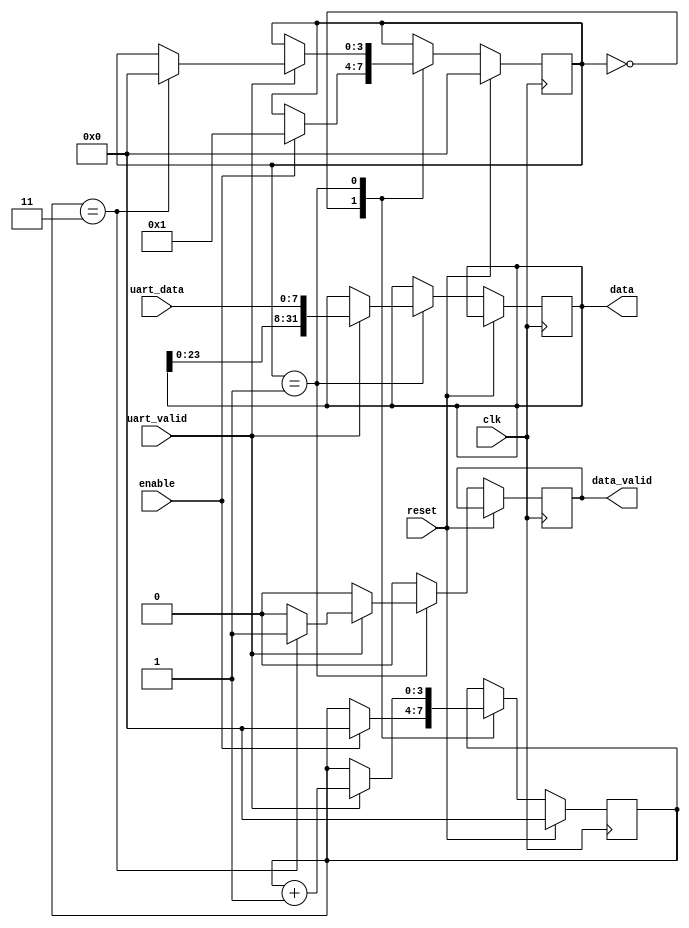
//////////////////////////////////////////////////////////////////////////////////
// Company: 
// Engineer: 
// 
// Design Name: 
// Module Name: trigger
// Project Name: 
// Target Devices: 
// Tool Versions: 
// Description: 
// 
// Dependencies: 
// 
// Revision:
// Revision 0.01 - File Created
// Additional Comments: Created by chip.fail guys
// 
//////////////////////////////////////////////////////////////////////////////////
module uint32_receiver(
    input clk,
   input reset,
   input enable,
   
   // UART data
   input [7:0] uart_data,
   input uart_valid,
   
   // The data received
   output reg [31:0] data = 0,
   // Whether the current output on data is valid
   output reg data_valid = 1'b0
   );

parameter STATE_IDLE = 4'd0;
parameter STATE_RECEIVING = 4'd1;

reg [3:0] state = STATE_IDLE;

reg [3:0] received_bytes = 4'd0;

always @(posedge clk)
begin
   // default assignments
   if(reset)
   begin
       received_bytes <= 4'd0;
       state <= STATE_IDLE;
   end
   else
   begin
      received_bytes <= received_bytes;
      state <= state;
      data_valid <= 1'b0;
      data <= data;
       case(state)
           STATE_IDLE:
           begin
               if(enable)
               begin
                   received_bytes <= 4'd0;
                   data_valid <= 4'd0;
                   state <= STATE_RECEIVING;
               end
           end
           STATE_RECEIVING:
           begin
               if(uart_valid)
               begin
                   data <= {data[23:0], uart_data};
                   received_bytes <= received_bytes + 1;
                   if(received_bytes == 3)
                   begin
                       state <= STATE_IDLE;
                       data_valid <= 1'b1;
                   end
               end
           end
       endcase        
   end
end

endmodule